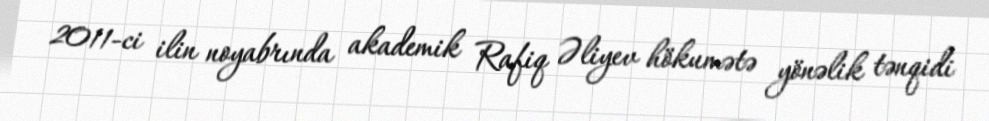
2011-ci ilin noyabrında akademik Rafiq Əliyev hökumətə yönəlik tənqidi